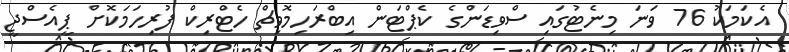
އެކަމަކު 76 ވަނަ މިނެޓުގައި ސްވިޑަންގެ ކެޕްޓަން އިބްރަހިމޮވިޗް ހެޓްރިކް ފުރިހަމަކޮށް ޕީއެސްޖީ